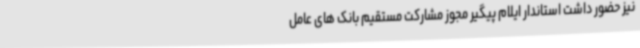
نیز حضور داشت استاندار ایلام پیگیر مجوز مشارکت مستقیم بانک های عامل